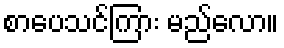
စာပေသင်ကြား မည်လော။